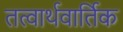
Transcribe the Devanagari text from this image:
तत्वार्थवार्तिक